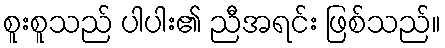
စူးစူသည် ပါပါး၏ ညီအရင်း ဖြစ်သည်။